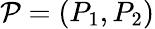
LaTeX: \mathcal{P}=(P_{1},P_{2})